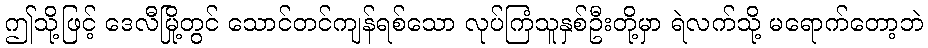
ဤသို့ဖြင့် ဒေလီမြို့တွင် သောင်တင်ကျန်ရစ်သော လုပ်ကြံသူနှစ်ဦးတို့မှာ ရဲလက်သို့ မရောက်တော့ဘဲ